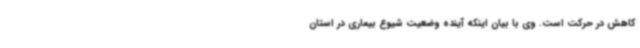
کاهش در حرکت است. وی با بیان اینکه آینده وضعیت شیوع بیماری در استان